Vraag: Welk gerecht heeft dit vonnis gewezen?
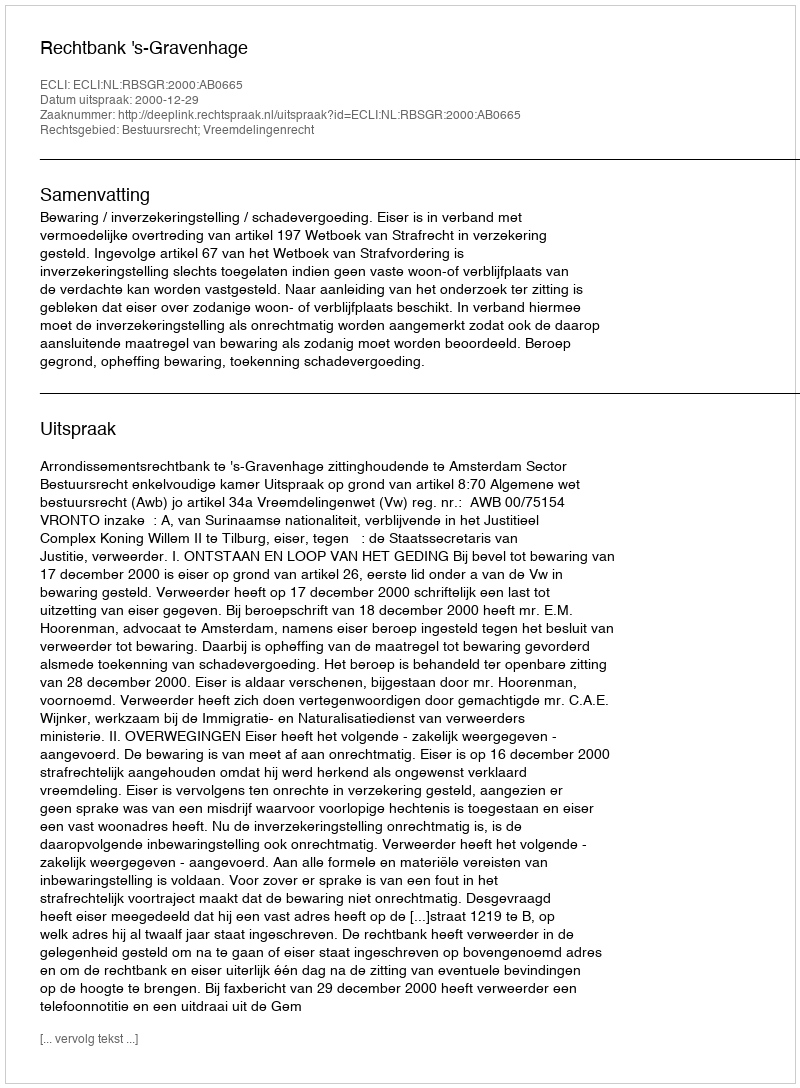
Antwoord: Rechtbank 's-Gravenhage